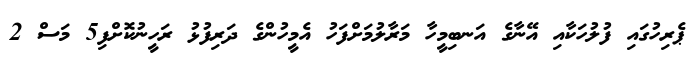
ޕެރިހުގައި ފުލުހަކާއި އޭނާގެ އަނބިމީހާ މަރާލުމަށްފަހު އެމީހުންގެ ދަރިފުޅު ރަހީނުކޮށްފި5 މަސް 2